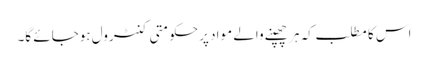
اس کا مطلب کہ ہر چھپنے والے مواد پرحکومتی کنٹرول ہوجائے گا۔